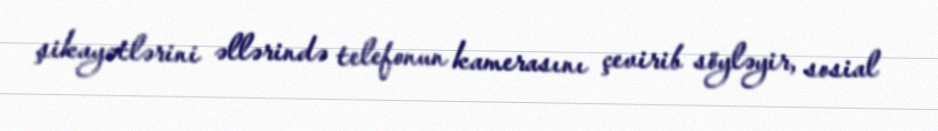
şikayətlərini əllərində telefonun kamerasını çevirib söyləyir, sosial